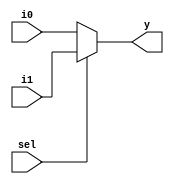
module MCP01_mux_2_to_1_8b(i0, i1, sel, y);
	input [7:0] i0, i1;
	input sel;
	output [7:0] y;
	
	assign y = sel ? i1 : i0;

endmodule